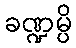
ခဏ္ဍမ္ပိ